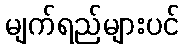
မျက်ရည်များပင်